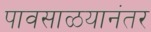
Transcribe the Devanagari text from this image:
पावसाळयानंतर